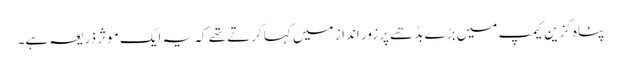
پناہ گزین کیمپ میں بڑے بڈھے پرزور انداز میں کہا کرتے تھے کہ یہ ایک موثر ذریعہ ہے۔